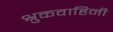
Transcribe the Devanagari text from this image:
श्रुकवाहिनी